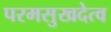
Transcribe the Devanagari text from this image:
परमसुखदेत्व